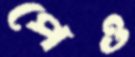
পেও